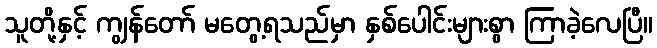
သူတို့နှင့် ကျွန်တော် မတွေ့ရသည်မှာ နှစ်ပေါင်းများစွာ ကြာခဲ့လေပြီ။